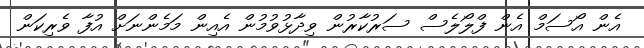
އެން އޯސަމް އެން ފްލޯލެސް ސަރުކާރުން ވިދާޅުވުމުން އެއިން މަމެންނަށް އުފާ ވެރިކަން